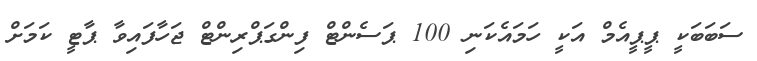
ސަބަބަކީ ޕީޕީއެމް އަކީ ހަމައެކަނި 100 ޕަސެންޓް ފިންގަޕްރިންޓް ޖަހާފައިވާ ޕާޓީ ކަމަށް